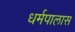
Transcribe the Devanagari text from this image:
धर्मपालास